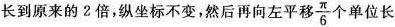
长到原来的2倍，纵坐标不变，然后再向左平移 \frac{π}{6}个单位长